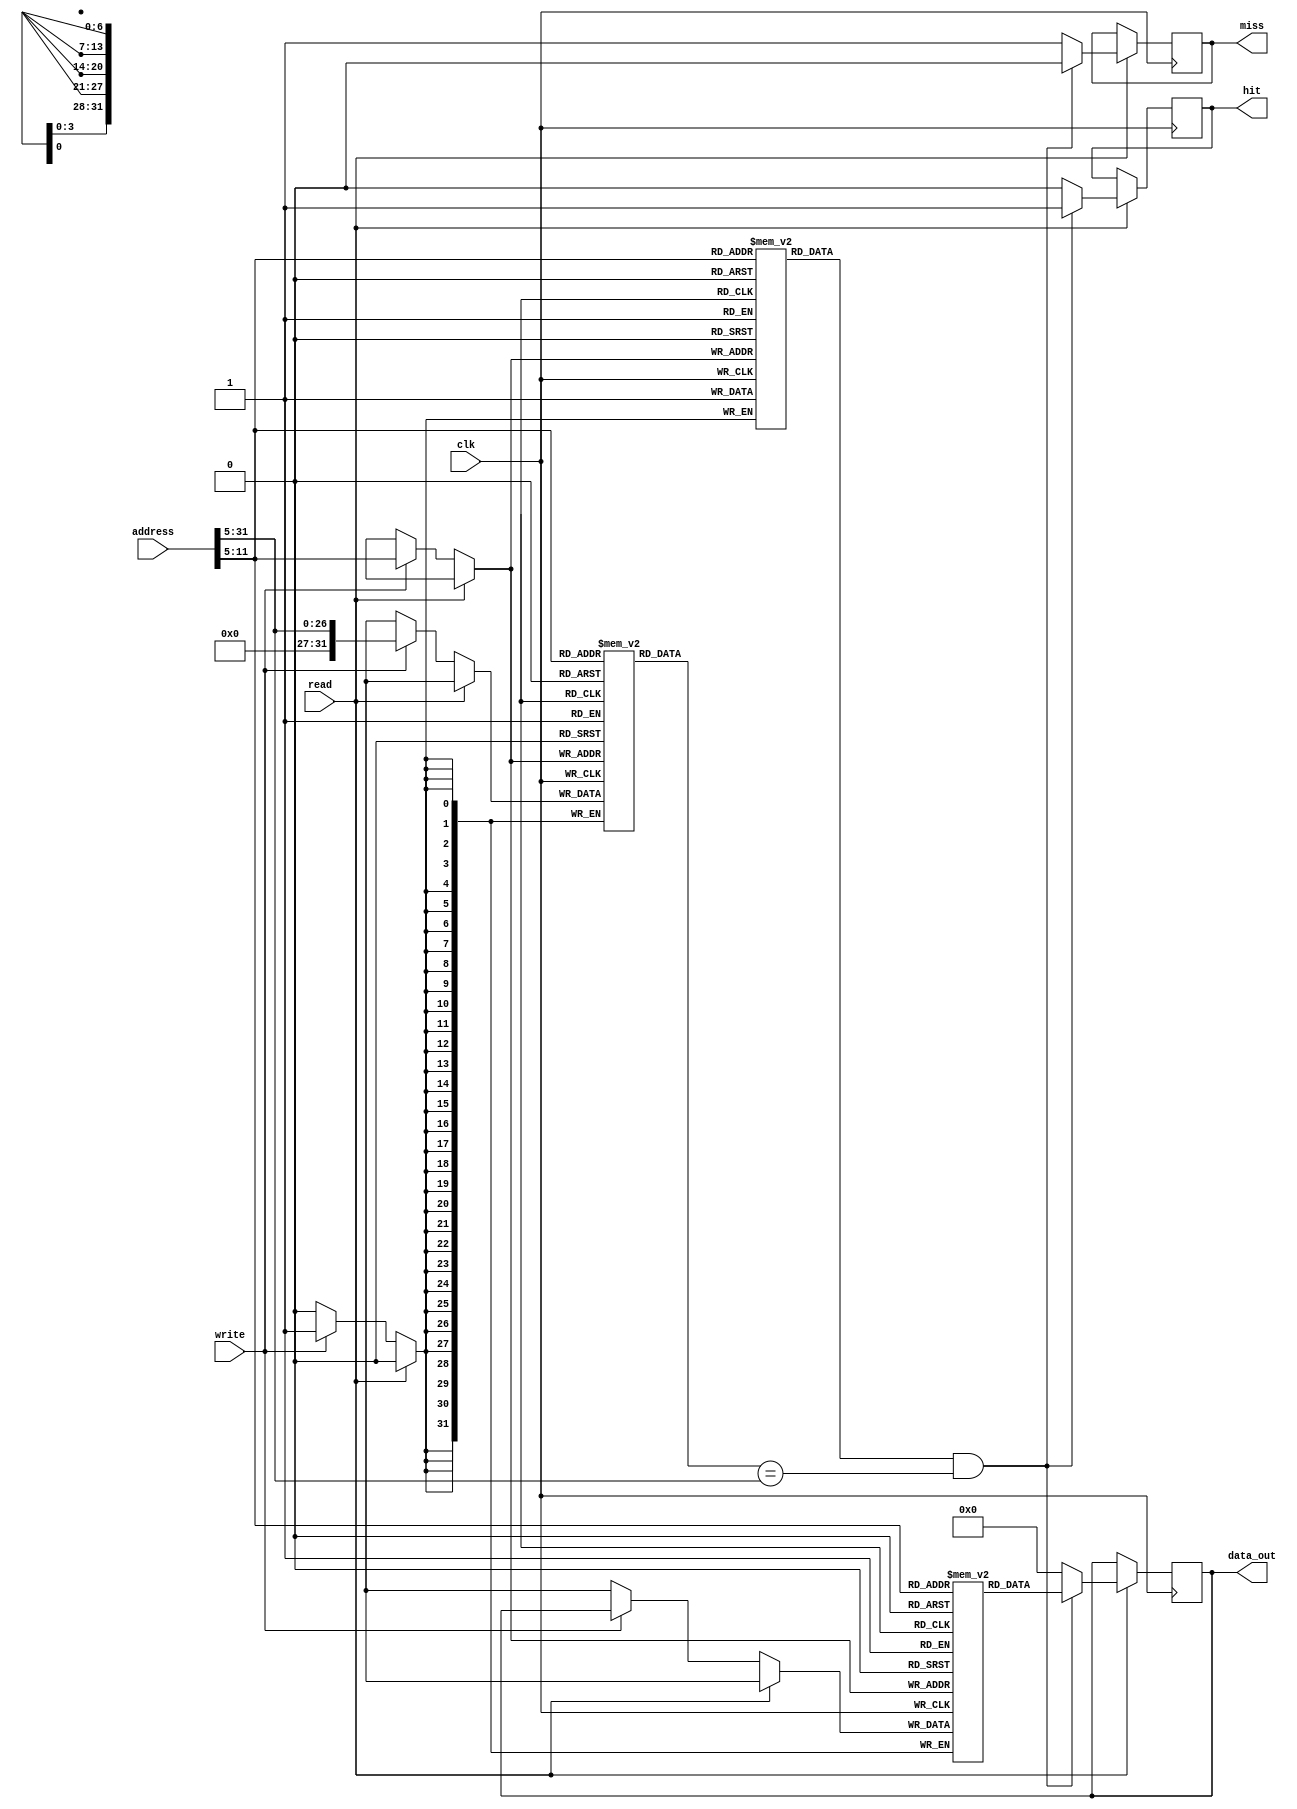
module InstructionCache #(
    parameter CACHE_SIZE = 4096,  // Cache size in bytes
    parameter BLOCK_SIZE = 32,     // Block size in bytes
    parameter ADDR_WIDTH = 32      // Address width
)(
    input wire [ADDR_WIDTH-1:0] address, // Instruction address from CPU
    input wire read,                     // Read control signal
    input wire write,                    // Write control signal
    input wire clk,                      // Clock signal
    output reg [BLOCK_SIZE-1:0] data_out, // Data output
    output reg hit,                     // Hit signal
    output reg miss                     // Miss signal
);

    localparam NUM_BLOCKS = CACHE_SIZE / BLOCK_SIZE; // Total number of blocks
    localparam INDEX_WIDTH = $clog2(NUM_BLOCKS);     // Index width
    localparam OFFSET_WIDTH = $clog2(BLOCK_SIZE);    // Offset width

    // Cache structure
    reg [BLOCK_SIZE-1:0] cache_data [0:NUM_BLOCKS-1]; // Cache data array
    reg [ADDR_WIDTH-1:0] tag_array [0:NUM_BLOCKS-1];  // Tag array
    reg valid [0:NUM_BLOCKS-1];                        // Valid bits

    // Address breakdown
    wire [INDEX_WIDTH-1:0] index = address[OFFSET_WIDTH +: INDEX_WIDTH]; // Extract index
    wire [ADDR_WIDTH-1:OFFSET_WIDTH] tag = address[ADDR_WIDTH-1:OFFSET_WIDTH]; // Extract tag
    wire [OFFSET_WIDTH-1:0] offset = address[OFFSET_WIDTH-1:0]; // Extract offset

    // Cache read operation
    always @(posedge clk) begin
        if (read) begin
            if (valid[index] && (tag_array[index] == tag)) begin
                // Cache hit
                hit <= 1'b1;
                miss <= 1'b0;
                data_out <= cache_data[index]; // Output the data
            end else begin
                // Cache miss
                hit <= 1'b0;
                miss <= 1'b1;
                // Fetch from main memory (not implemented here)
                // For simulation, we will just output a dummy value
                data_out <= {BLOCK_SIZE{1'b0}}; // Replace with actual memory fetch
                // Load data into cache (not implemented here)
                // cache_data[index] <= fetched_data;
                // tag_array[index] <= tag;
                // valid[index] <= 1'b1;
            end
        end else if (write) begin
            // Write operation (write-through policy)
            cache_data[index] <= data_out; // Write to cache
            tag_array[index] <= tag;        // Update tag
            valid[index] <= 1'b1;           // Mark as valid
            // Also write to main memory (not implemented here)
        end
    end

    // Initialize cache
    integer i;
    initial begin
        for (i = 0; i < NUM_BLOCKS; i = i + 1) begin
            valid[i] = 1'b0; // Initialize valid bits to 0
        end
    end

endmodule